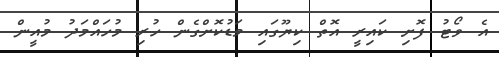
އެ ވޯޓު ފޮށި ކައިރީ އޮތް ކިޔޫގައި މަޑުކޮށްގެން ހުރި މުހައްމަދު މުއީން